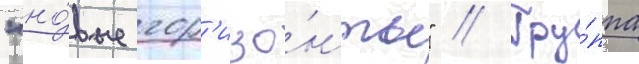
"но́вые гор'изо́нты" // Гру́ппа